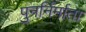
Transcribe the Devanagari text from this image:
पुनर्निर्माता